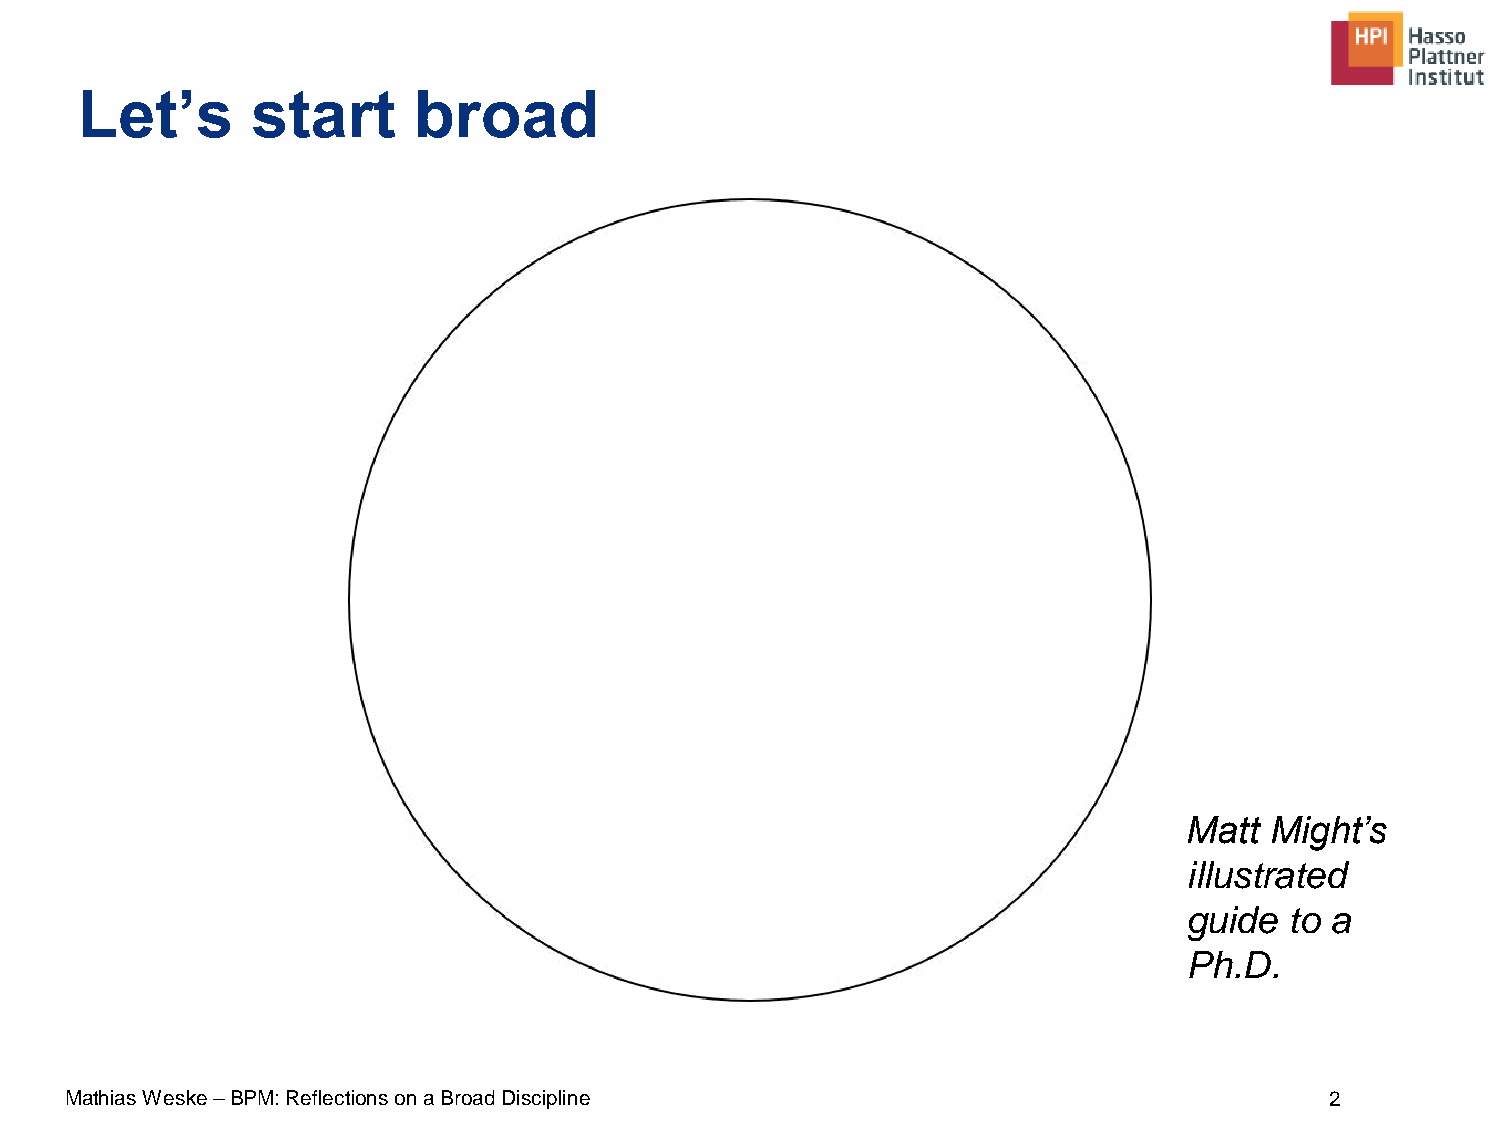
Let’s       start     broad
 Matt Might’s
 illustrated
 guide to a
 Ph.D.
 Mathias Weske –BPM: Reflections on a Broad Discipline                               2